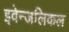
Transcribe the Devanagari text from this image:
इवेन्जलिकल